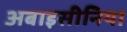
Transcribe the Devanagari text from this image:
अबाइसीनिया